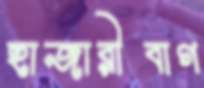
হাজারীবাগ